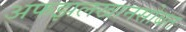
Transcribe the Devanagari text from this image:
अफझलखानसोबत